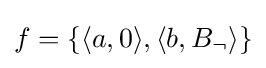
f=\{\langle a,0\rangle ,\langle b,B_{\neg }\rangle \}